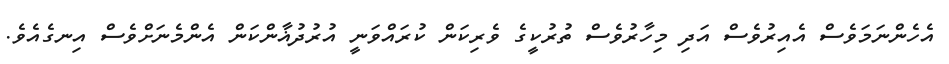
އެހެންނަމަވެސް އެއިރުވެސް އަދި މިހާރުވެސް ތުރުކީގެ ވެރިކަން ކުރައްވަނީ އުރުދުޣާންކަން އެންމެނަށްވެސް އިނގެއެވެ.